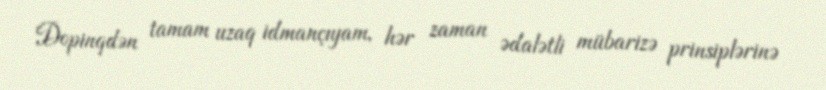
Dopinqdən tamam uzaq idmançıyam, hər zaman ədalətli mübarizə prinsiplərinə